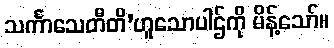
သင်္ကာသေတီတိ’ဟူသောပါဌ်ကို မိန့်သော်။